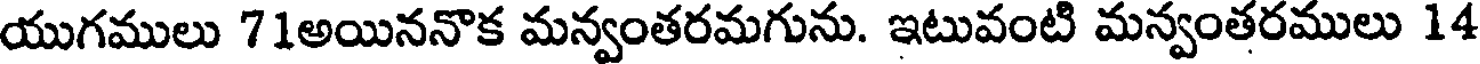
యుగములు 71అయిననొక మన్వంతరమగును. ఇటువంటి మన్వంతరములు 14